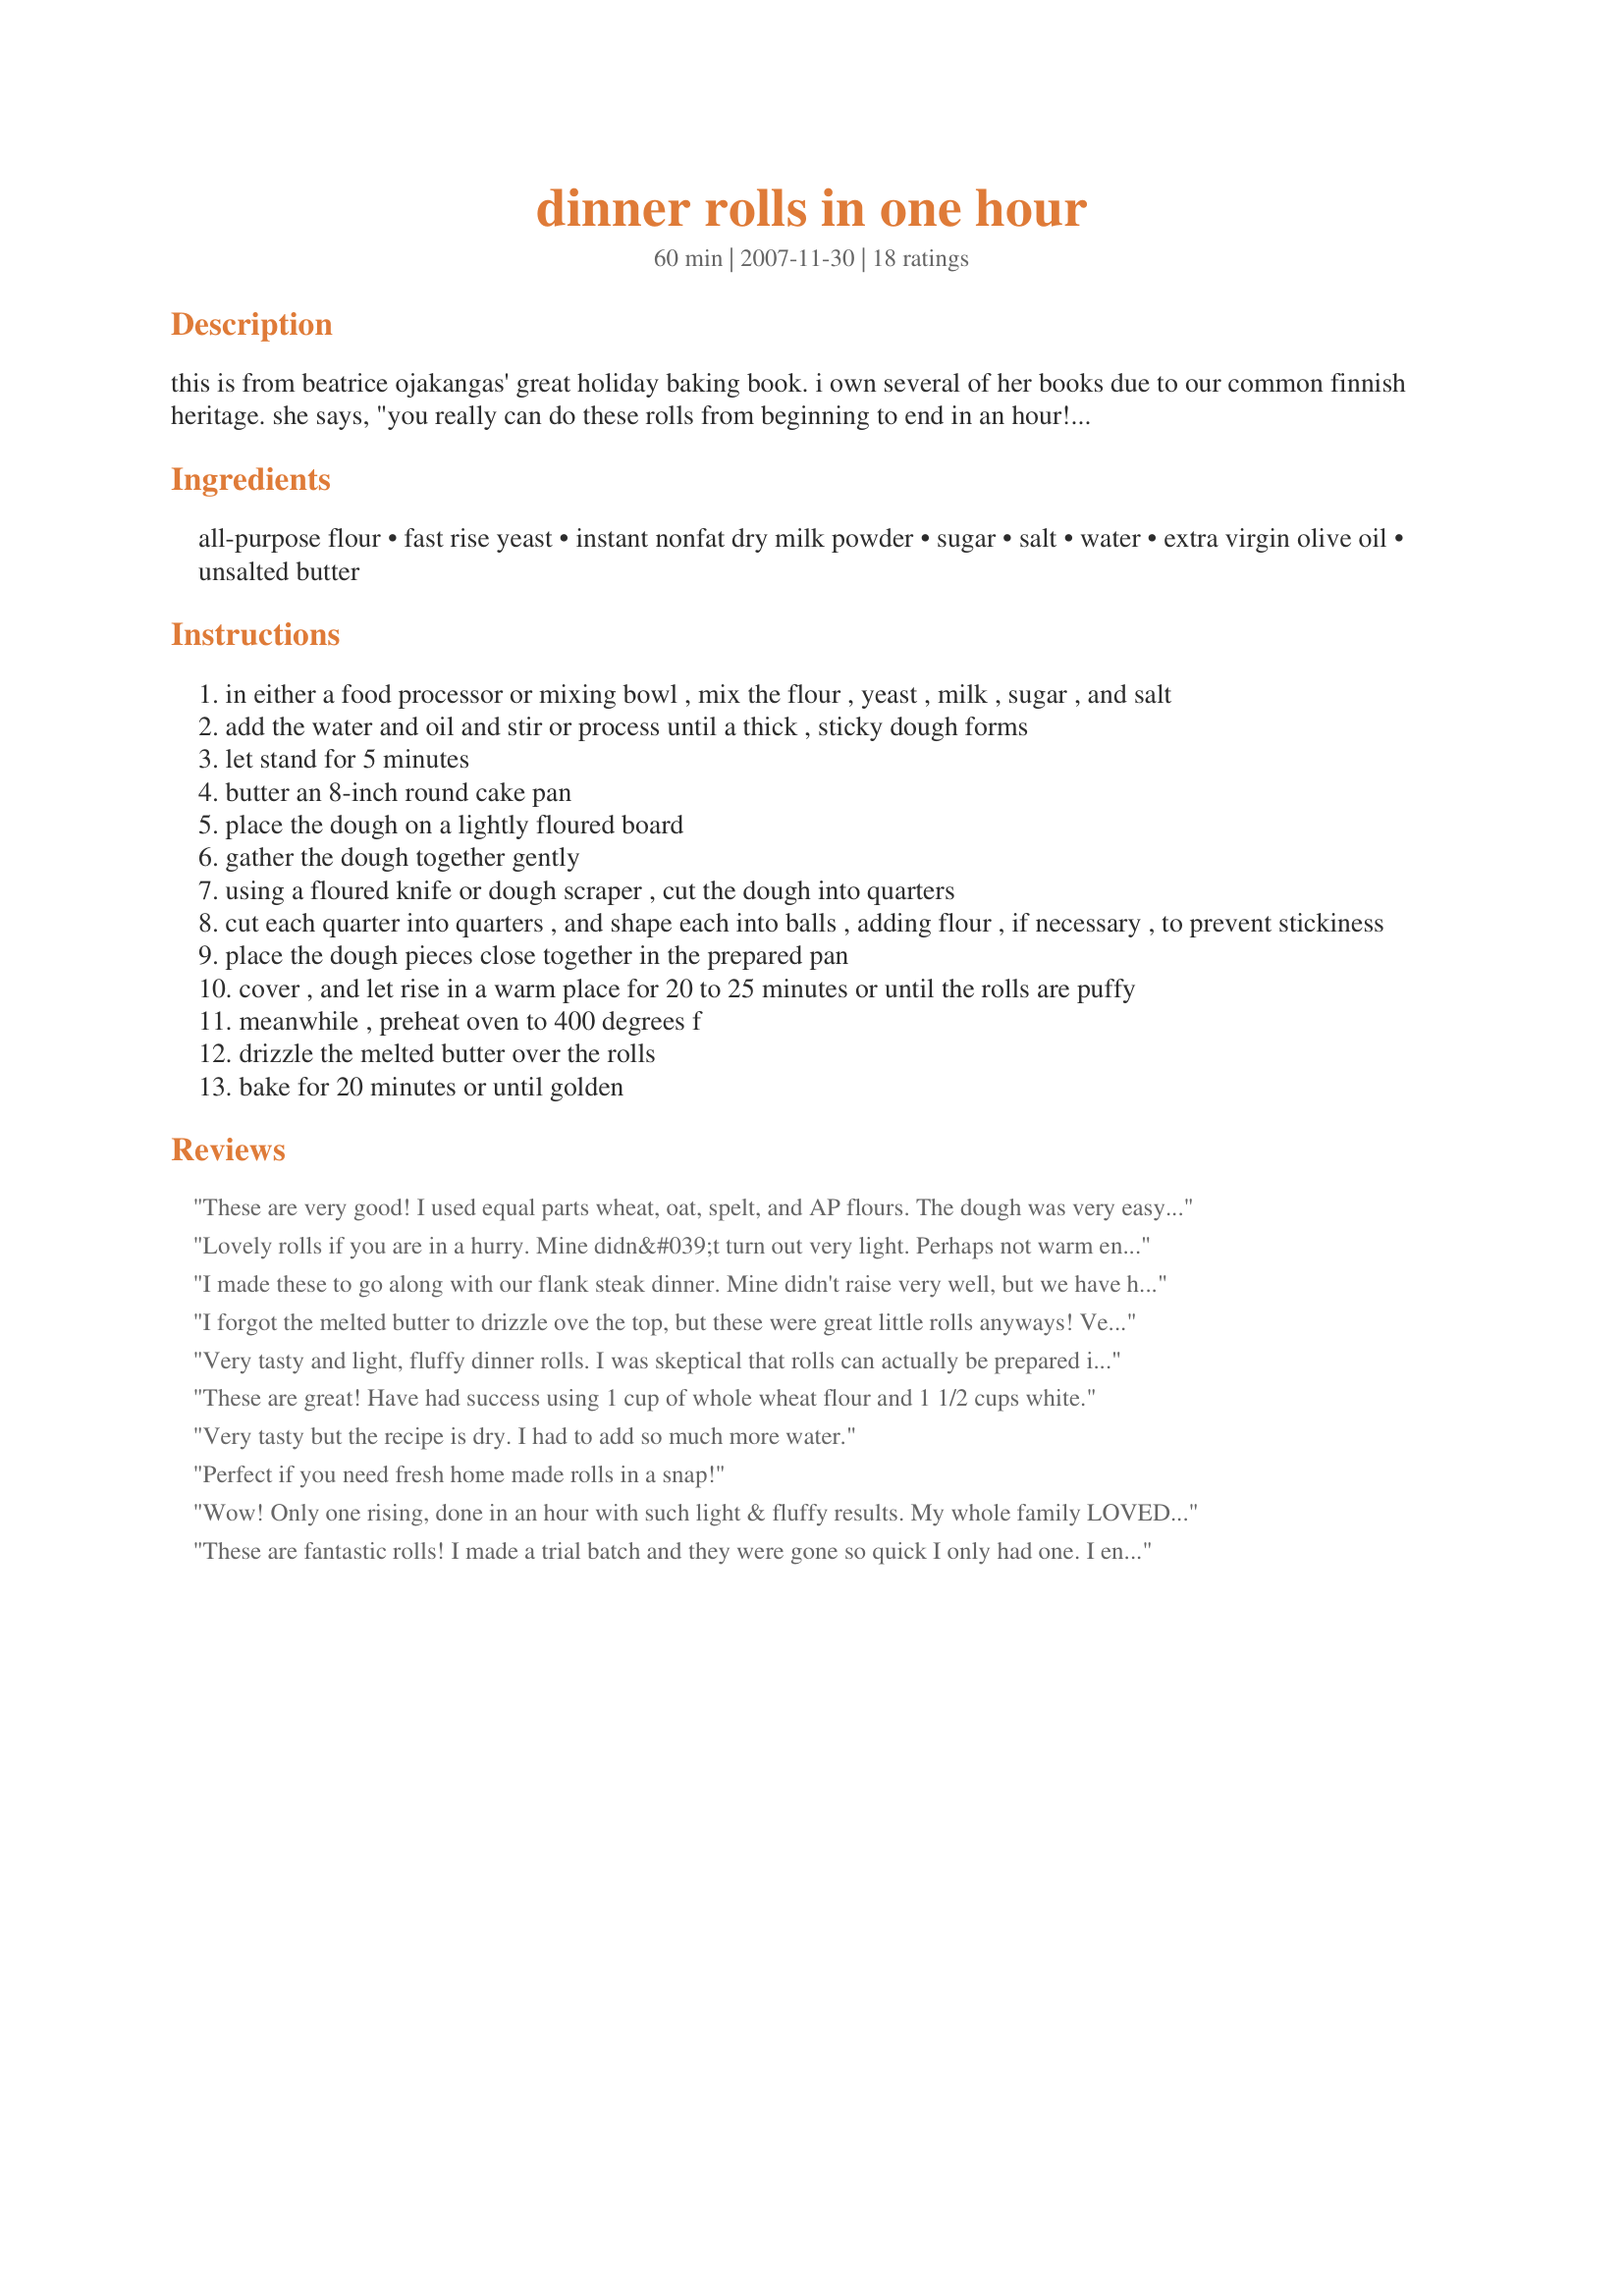
dinner rolls in one hour
Preparation time: 60 minutes

this is from beatrice ojakangas' great holiday baking book. i own several of her books due to our common finnish heritage. she says, "you really can do these rolls from beginning to end in an hour! i use the food processor to mix the dough and hasten the rising by using rapid-rise yeast. this yeast is so finely milled that it dissolves right in the flour mixture, and it can stand a higher temperature, giving the dough a boost for the single necessary rising." these were handy when my step-sons lived with us, and of course, they loved them.

Ingredients:
all-purpose flour, fast rise yeast, instant nonfat dry milk powder, sugar, salt, water, extra virgin olive oil, unsalted butter

Steps:
in either a food processor or mixing bowl , mix the flour , yeast , milk , sugar , and salt
add the water and oil and stir or process until a thick , sticky dough forms
let stand for 5 minutes
butter an 8-inch round cake pan
place the dough on a lightly floured board
gather the dough together gently
using a floured knife or dough scraper , cut the dough into quarters
cut each quarter into quarters , and shape each into balls , adding flour , if necessary , to prevent stickiness
place the dough pieces close together in the prepared pan
cover , and let rise in a warm place for 20 to 25 minutes or until the rolls are puffy
meanwhile , preheat oven to 400 degrees f
drizzle the melted butter over the rolls
bake for 20 minutes or until golden

Reviews:
These are very good! I used equal parts wheat, oat, spelt, and AP flours. The dough was very easy to work with, and as the title states they were ready in a hour! Thanks for posting! Made for Best of 2010 tag!
Lovely rolls if you are in a hurry. Mine didn&#039;t turn out very light. Perhaps not warm enough for the one rise. I will make these again only I&#039;ll do 2 rises and see what happens. Tasty nevertheless. :)
I made these to go along with our flank steak dinner. Mine didn't raise very well, but we have had none stop rain and the humidity is off the chart, so I think that had something to do with it. But what I can say is that the flavor is wonderful!! I plan to make these again when we have better weather, as they were so simple, I used my food processor, and quick from beginning to end!! Thanks for sharing the recipe!! Made for your win in the Games Summer Spectacular.
I forgot the melted butter to drizzle ove the top, but these were great little rolls anyways! Very easy to do. I got them started and then as they were rising I had time to get the rest of our dinner prepared. Worked out very well. Thanks!
Very tasty and light, fluffy dinner rolls. I was skeptical that rolls can actually be prepared in one hour. But it is true...dinner rolls in 1 hour! And what great rolls they are, too. I will definitely make these again. Thanks for posting your recipe, mersaydees. We really enjoyed them.
These are great! Have had success using 1 cup of whole wheat flour and 1 1/2 cups white.
Very tasty but the recipe is dry. I had to add so much more water.
Perfect if you need fresh home made rolls in a snap!
Wow! Only one rising, done in an hour with such light & fluffy results. My whole family LOVED these rolls. My husband said, and I quote, "These are as light as a feather, but luckily don't taste like one". I got a kick out of that. The whole pan of rolls were gone by the time dinner ended (and we only have a family of four). I'm impressed with how easy these were to make. I used my food processor and they were whipped up in no time. Thanks for a recipe that will be a staple in our house!!
~Made for Veg*n Swap September~
These are fantastic rolls! I made a trial batch and they were gone so quick I only had one. I ended up baking 6 batches of these to take to a church soup supper. They disappeared in no time. Thanks mersaydees!
Yay! These are great, so quick and so tender and flavorful. I made some to take to a friend, and my family wants some for dinner - and it's great to know I still have time to make them. Thanks for posting!
These are beautiful rolls and quick to make too! They turned out very soft and we loved the buttery flavour. What I did was greased my hands with butter when shaping them into balls, didn't butter them up before baking but I drizzled the melted butter after I took it out of the oven. This is definitely a keeper. Thank you, mersaydees, for sharing this wonderful recipe!
These were easy and tasty, and done in a little over an hour for me. They actually turned out better than the more traditional rolls I made at Thanksgiving this year!
I was looking through all the recipes here for dinner rolls. I read yours, and saved it to my short list of something to make for Thanksgiving. I thought I had never heard the name Beatrice Ojakangas before, but literally 10 minutes after I read your recipe I went to my old bookcase in the hallway (it's pretty dark in there) full of cookbooks, pulled one out at random only because I could see the word "Baking" in the title. I took it back to my computer table, then looked at the cover and saw that it was The Great Scandinavian Baking Book by Beatrice Ojakangas! I had read through the book at some point because it has little orange "flags" sticking out of several pages, but it is one of those books I had sort forgotten I had. It was so funny and strange I had to write and tell you, even though it's too late to start baking even "One Hour" Rolls tonight! When I read your description, I would have sworn I had never seen that name before. With such a coincidence for an omen, I guess it means I should make your recipe for Thanksgiving! I'm planning a trial run tomorrow. Wish me luck. 5 stars for helping me pick one recipe out of the hundreds I have read through tonight!
Easy and very nice, perfect match to a pot of chili. I had to pose "some" of the rolls for a picture because hungry people saw them come out of the oven. One note: the fast-rise yeast needs to be pretty warm to do its best work; in a cool winter kitchen I had to give it a little help, so part of its rising time was on a rack over the inverted lid of the simmering chili. Made for Aus/NZ swap, Jan. 2010.
Excellent dinner rolls. I didn't read the instructions right and added the butter to the batter, but they still turned out great. Loved the texture and the taste of these delicious rolls. Will make again. DH said they were very close to his grandmothers homemade rolls. That is a good thing. Made for Zaar Stars Tag Game.
wonderful recipe and lends it's self to changes very easily, I had to copy by hand as it won't print out for me, nothing on this page will, I don't know why, hope someone can fix it soon.as there are a couple of other recipes I would like to have a hard copy of. Thanks so much for sharing a great easy recipe....Lee
These were easy and so good. I am planning to make these for Christmas, too. They are just wonderful. Thanks for sharing!
